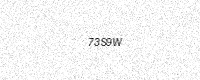
Text: 73S9W